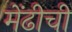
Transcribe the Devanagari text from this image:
मेंढीची